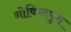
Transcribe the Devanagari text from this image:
गोविन्दपुरा